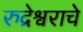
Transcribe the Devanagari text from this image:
रुद्रेश्वराचे